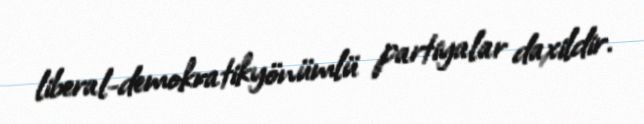
liberal-demokratikyönümlü partiyalar daxildir.